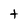
Character: t